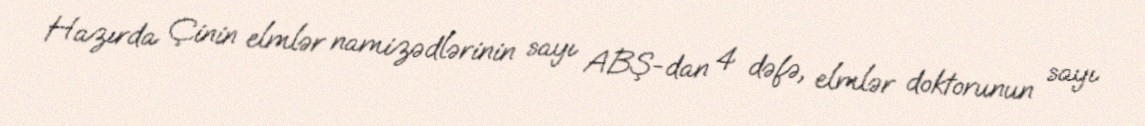
Hazırda Çinin elmlər namizədlərinin sayı ABŞ-dan 4 dəfə, elmlər doktorunun sayı